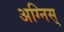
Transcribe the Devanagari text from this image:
अग्निस्